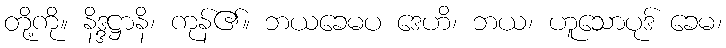
တို့ကို။ နိဒ္ဒဋ္ဌာနိ၊ ကုန်၏။ ဘယခေမပ ဒေဟိ၊ ဘယ၊ ဟူသောပုဒ် ခေမ၊